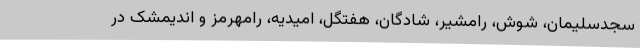
سجدسلیمان، شوش، رامشیر، شادگان، هفتگل، امیدیه، رامهرمز و اندیمشک در